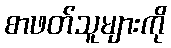
စာဖတ်သူများကို